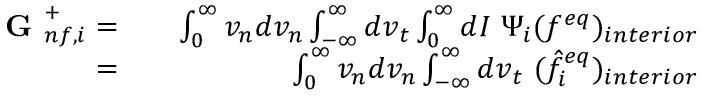
\begin{array} { r l r } { \textbf { G } _ { n f , i } ^ { + } = } & { { } } & { \int _ { 0 } ^ { \infty } v _ { n } d v _ { n } \int _ { - \infty } ^ { \infty } d v _ { t } \int _ { 0 } ^ { \infty } d I \ \Psi _ { i } ( f ^ { e q } ) _ { i n t e r i o r } } \\ { = } & { { } } & { \int _ { 0 } ^ { \infty } v _ { n } d v _ { n } \int _ { - \infty } ^ { \infty } d v _ { t } \ ( \hat { f } _ { i } ^ { e q } ) _ { i n t e r i o r } } \end{array}